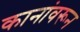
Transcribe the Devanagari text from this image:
कानांवरून